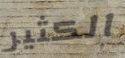
الكثير